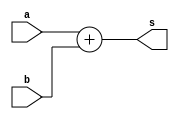
module adder #(parameter DATA_IN_WIDTH = 16, DATA_OUT_WIDTH = 16)(
	input [DATA_IN_WIDTH-1:0] a, b,
	output reg [DATA_OUT_WIDTH-1:0] s);
always@(*) s = a + b;
endmodule